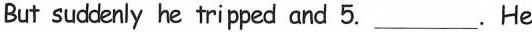
But suddenly he tripped and 5.___. He